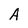
Character: A